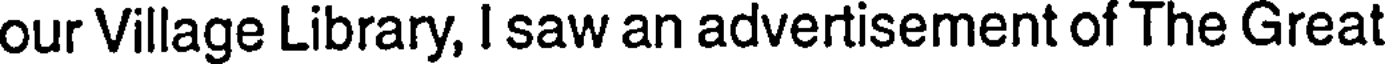
our Village Library, I saw an advertisement of The Great